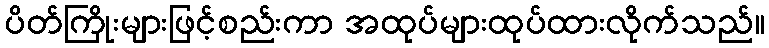
ပိတ်ကြိုးများဖြင့်စည်းကာ အထုပ်များထုပ်ထားလိုက်သည်။